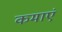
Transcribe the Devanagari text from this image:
कमाएं